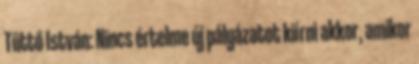
Tüttő István: Nincs értelme új pályázatot kiírni akkor, amikor